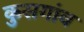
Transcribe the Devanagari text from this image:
कुसगांव